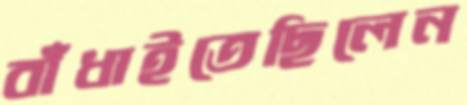
বাঁধাইতেছিলেন